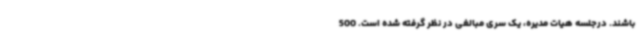
باشند. درجلسه هیات مدیره، یک سری مبالغی در نظر گرفته شده است. 500